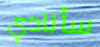
سأنادي